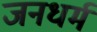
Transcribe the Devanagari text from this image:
जनधर्म